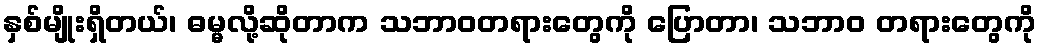
နှစ်မျိုးရှိတယ်၊ ဓမ္မလို့ဆိုတာက သဘာဝတရားတွေကို ပြောတာ၊ သဘာဝ တရားတွေကို